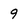
Character: 9